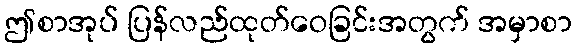
ဤစာအုပ် ပြန်လည်ထုတ်ဝေခြင်းအတွက် အမှာစာ